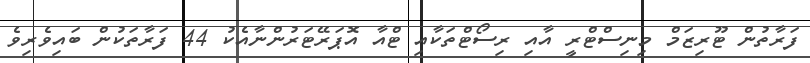
ފަރާތުން ޓޫރިޒަމް މިނިސްޓްރީ އާއި ރިސޯޓްތަކާއި ޓްއާ އޮޕަރޭޓަރުންނާއެކު 44 ފަރާތަކުން ބައިވެރިވެ